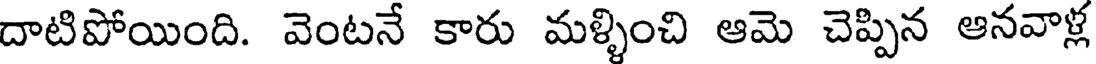
దాటిపోయింది. వెంటనే కారు మళ్ళించి ఆమె చెప్పిన ఆనవాళ్ల